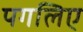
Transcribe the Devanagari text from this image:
पगलिए